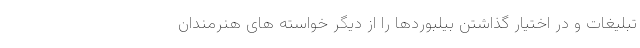
تبلیغات و در اختیار گذاشتن بیلبوردها را از دیگر خواسته های هنرمندان